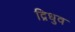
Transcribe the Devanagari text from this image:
द्रिधुव